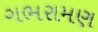
ગભરામણ